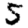
Digit: 5